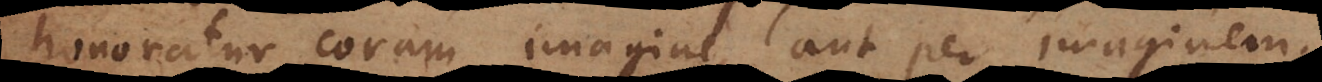
noratur coram imagine, aut per imaginem.